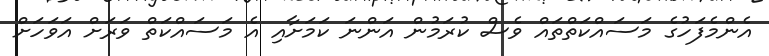
އެންމެފަހުގެ މަސައްކަތްތައް ވެސް ކުރަމުން އަންނަ ކަމަށާއި އެ މަސައްކަތް ވަރަށް އަވަހަށް